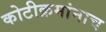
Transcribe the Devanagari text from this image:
कोटीक्रमांनाच